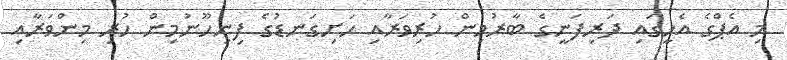
މި އެޕްގެ އެހީގައި ދަރިފަނީގެ ބާރުމިން ހުރިވަރާއި ހަށިގަނޑުގެ ފިނިހޫނުމިން ހުރި މިންވަރާއި